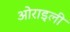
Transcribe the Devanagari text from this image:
ओराइली